Tartu_linnavalitsus, lk 16
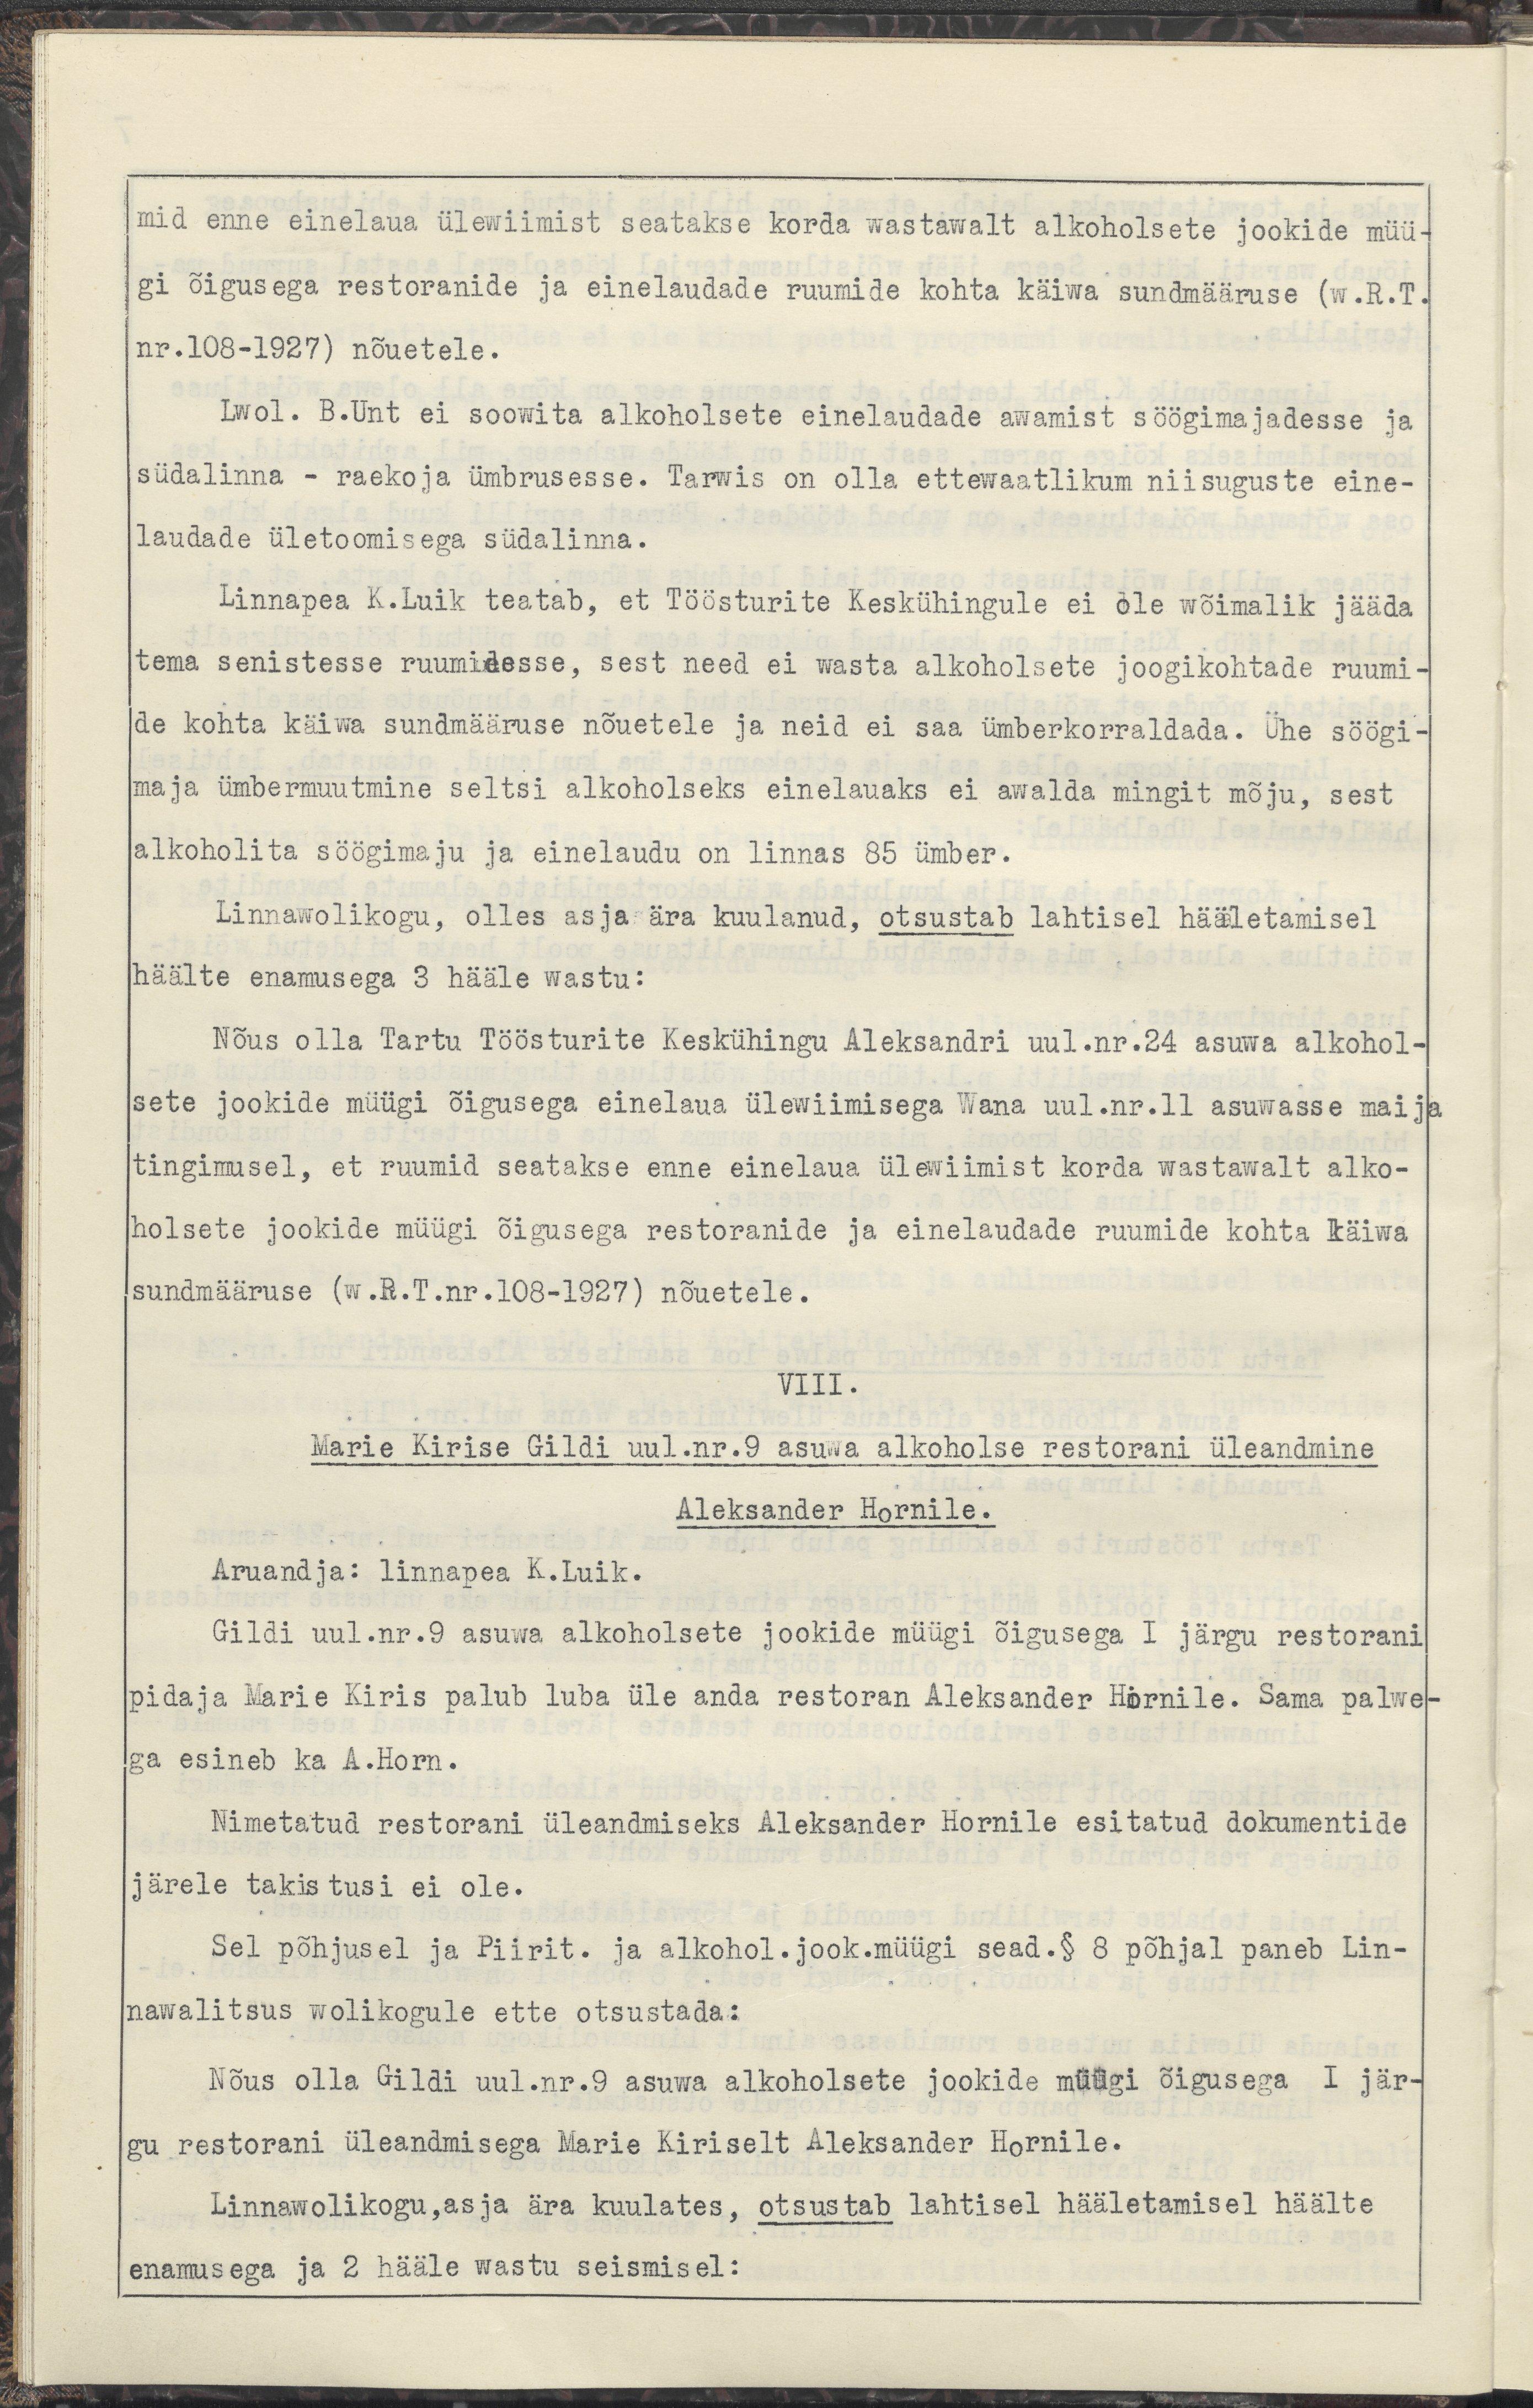
mid enne einelaua ülewiimist seatakse korda wastawalt alkohoolsete jookide müü-
gi õigusega restoranide ja einelaudade ruumide kohta käiwa sundmääruse (w.R.T.
nr.108-1927) nõuetele.
Lwol. B.Unt ei soowita alkohoolsete einelaudade awamist söögimajadesse ja 
südalinna - raekoja ümbrusesse. Tarwis on olla ettewaatlikum niisuguste eine-
laudade ületoomisega südalinna.
Linnapea K.Luik teatab, et Töösturite Keskühingule ei ole wõimalik jääda
tema senistesse ruumidesse, sest need ei wasta alkohoolsete joogikohtade ruumi-
de kohta käiwa sundmääruse nõuetele ja neid ei saa ümberkorraldada. Ühe söögi-
maja ümbermuutmine seltsi alkohoolseks einelauaks ei awalda mingit mõju, sest
alkohoolita söögimaju ja einelaudu on linnas 85 ümber.
Linnawolikogu, olles asja ära kuulanud, otsustab lahtisel hääletamisel
häälte enamusega 3 hääle wastu:
Nõus olla Tartu Töösturite Keskühingu Aleksandri uul.nr.24 asuwa alkohol-
sete jookide müügi õigusega einelaua ülewiimisega Wana uul.nr.11 asuwasse maija
tingimusel, et ruumid seatakse enne einelaua ülewiimist korda wastawalt alko-
holsete jookide müügi õigusega restoranide ja einelaudade ruumide kohta käiwa
sundmääruse (w.R.T.nr.102-1927) nõuetele.
VIII.
Marie Kirise Gildi uul.nr.9 asuwa alkoholse restorani üleandmine 
Aleksander Hornile.
Aruandja: linnapea K.Luik.
Gildi uul.nr.9 asuwa alkoholsete jookide müügi õigusega I järgu restorani
pidaja Marie Kiris palub luba üle anda restoran Aleksander Hornile. Sama palwe-
ga esineb ka A.Horn.
Nimetatud restorani üleandmiseks Aleksander Hornile esitatud dokumentide
järele takistusi ei ole.
Sel põhjusel ja Piirit. ja alkohol.jook.müügi sead.§ 8 põhjal paneb Lin-
nawalitsus wolikogule ette otsustada:
Nõus olla Gildi uul.nr.9 asuwa alkoholsete jookide müügi õigusega I jär-
gu restorani üleandmisega Marie Kiriselt Alekander Hornile.
Linnawolikogu, asja ära kuulates, otsustab lahtisel hääletamisel häälte
enamusega ja 2 hääle wastu seismisel: